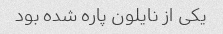
یکی از نایلون پاره شده بود